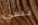
نسي